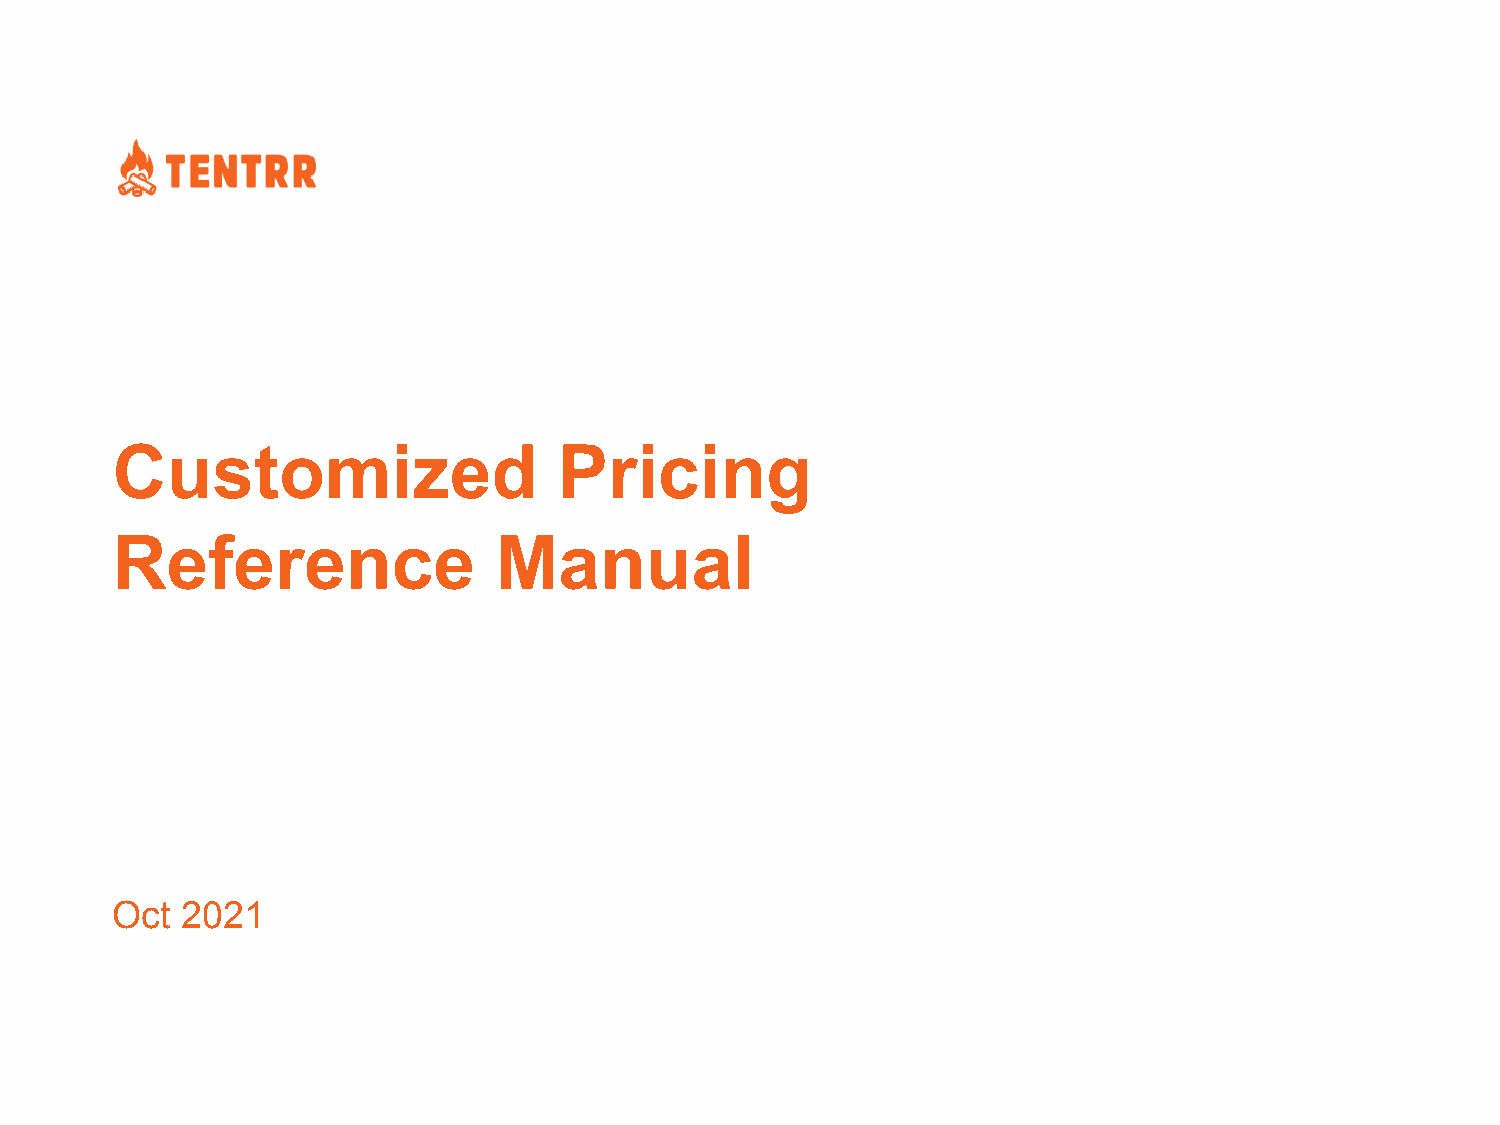
Customized                    Pricing
 Reference                 Manual
 Oct  2021